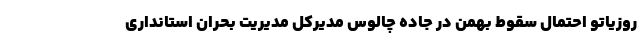
روزیاتو احتمال سقوط بهمن در جاده چالوس مدیرکل مدیریت بحران استانداری